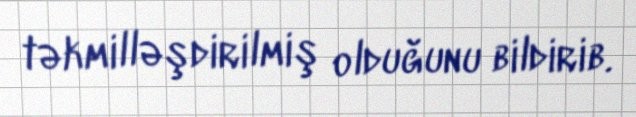
təkmilləşdirilmiş olduğunu bildirib.